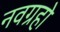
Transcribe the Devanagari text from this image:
नवग्रहो